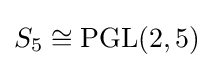
S_{5}\cong \operatorname {PGL} (2,5)